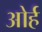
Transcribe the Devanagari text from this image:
ओर्ह